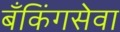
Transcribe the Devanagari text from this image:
बँकिंगसेवा